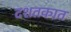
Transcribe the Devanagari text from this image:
दशतकात